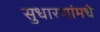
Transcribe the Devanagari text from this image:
सुधारणांमधे